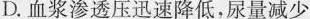
D.血浆渗透压迅速降低，尿量减少